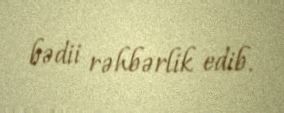
bədii rəhbərlik edib.